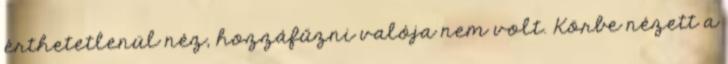
érthetetlenül néz, hozzáfűzni valója nem volt. Körbe nézett a